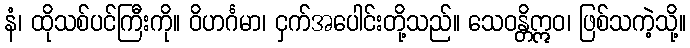
နံ၊ ထိုသစ်ပင်ကြီးကို။ ဝိဟင်္ဂမာ၊ ငှက်အပေါင်းတို့သည်။ သေဝန္တိဣဝ၊ ဖြစ်သကဲ့သို့။